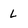
Character: L